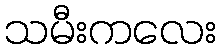
သမီးကလေး